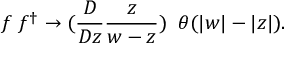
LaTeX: f \; f ^ { \dagger } \rightarrow ( \frac { { \cal D } } { { \cal D } z } \frac z { w - z } ) \; \; \theta ( | w | - | z | ) .